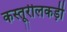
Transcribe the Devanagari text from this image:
कस्तूरीलकड़ी